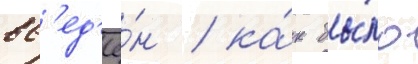
вв'ед'ё́н / ка́к бы́ло